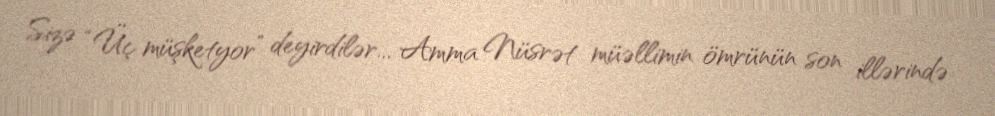
Sizə “Üç müşketyor” deyirdilər... Amma Nüsrət müəllimin ömrünün son illərində